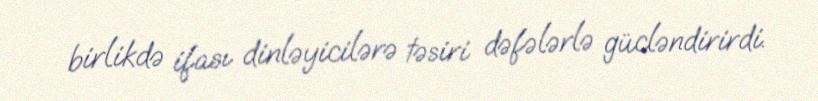
birlikdə ifası dinləyicilərə təsiri dəfələrlə gücləndirirdi.